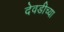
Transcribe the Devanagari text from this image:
देवडीच्या